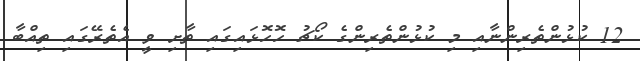
12 ކުޅުންތެރިންނާއި މި ކުޅުންތެރިންގެ ކޯޗު ހޮހޮޅައިގައި ތާށި ވީ އެތެރޭގައި ތިއްބާ